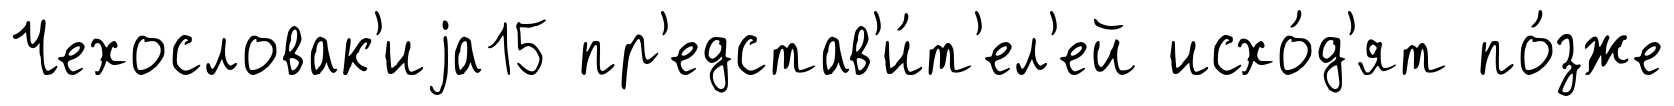
Чехословак'иjа15 пр'едстав'и́т'ел'ей исхо́д'ят по́зже